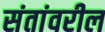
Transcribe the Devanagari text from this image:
संतांवरील